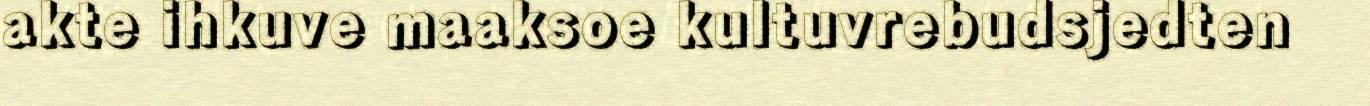
akte ihkuve maaksoe kultuvrebudsjedten